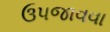
ઉપજાવવા